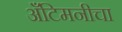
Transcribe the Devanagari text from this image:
अँटिमनीचा